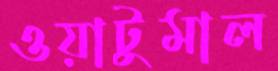
ওয়াটুমাল